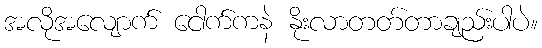
အလိုအလျောက် ငေါက်ကနဲ နိုးလာတတ်တာချည်းပါပဲ။